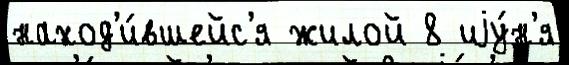
наход'и́вшейс'я жилой 8 иjу́н'я